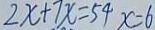
2 x + 7 x = 5 4 x = 6